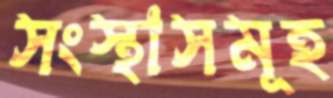
সংস্থাসমূহ